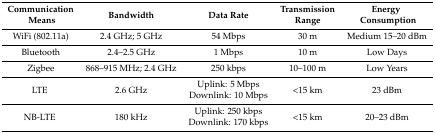
<table><thead><tr><td><b>Communication Means</b></td><td><b>Bandwidth</b></td><td><b>Data Rate</b></td><td><b>Transmission Range</b></td><td><b>Energy Consumption</b></td></tr></thead><tbody><tr><td>WiFi (802.11a)</td><td>2.4 GHz; 5 GHz</td><td>54 Mbps</td><td>30 m</td><td>Medium 15–20 dBm</td></tr><tr><td>Bluetooth</td><td>2.4–2.5 GHz</td><td>1 Mbps</td><td>10 m</td><td>Low Days</td></tr><tr><td>Zigbee</td><td>868–915 MHz; 2.4 GHz</td><td>250 kbps</td><td>10–100 m</td><td>Low Years</td></tr><tr><td>LTE</td><td>2.6 GHz</td><td>Uplink: 5 MbpsDownlink: 10 Mbps</td><td>&lt;15 km</td><td>23 dBm</td></tr><tr><td>NB-LTE</td><td>180 kHz</td><td>Uplink: 250 kbpsDownlink: 170 kbps</td><td>&lt;15 km</td><td>20–23 dBm</td></tr></tbody></table>